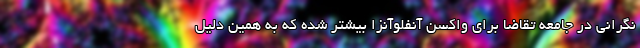
نگرانی در جامعه تقاضا برای واکسن آنفلوآنزا بیشتر شده که به همین دلیل